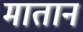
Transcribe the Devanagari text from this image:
मातानं